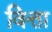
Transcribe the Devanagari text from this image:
वित्ता